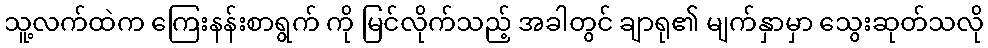
သူ့လက်ထဲက ကြေးနန်းစာရွက် ကို မြင်လိုက်သည့် အခါတွင် ချာရု၏ မျက်နှာမှာ သွေးဆုတ်သလို